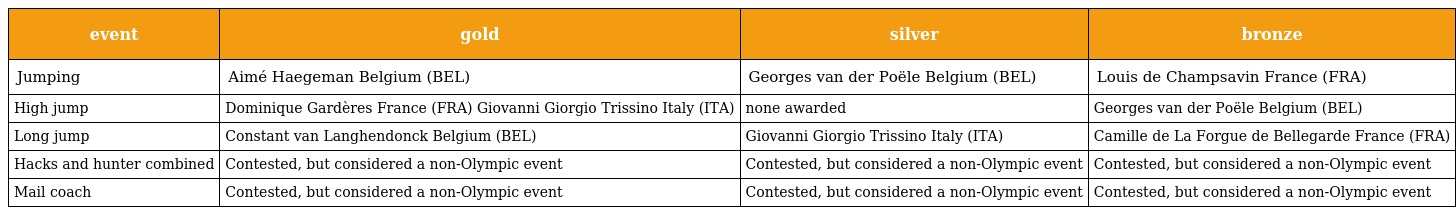
| event | gold | silver | bronze |
 | --- | --- | --- | --- |
 | Jumping | Aimé Haegeman Belgium (BEL) | Georges van der Poële Belgium (BEL) | Louis de Champsavin France (FRA) |
 | High jump | Dominique Gardères France (FRA) Giovanni Giorgio Trissino Italy (ITA) | none awarded | Georges van der Poële Belgium (BEL) |
 | Long jump | Constant van Langhendonck Belgium (BEL) | Giovanni Giorgio Trissino Italy (ITA) | Camille de La Forgue de Bellegarde France (FRA) |
 | Hacks and hunter combined | Contested, but considered a non-Olympic event | Contested, but considered a non-Olympic event | Contested, but considered a non-Olympic event |
 | Mail coach | Contested, but considered a non-Olympic event | Contested, but considered a non-Olympic event | Contested, but considered a non-Olympic event |